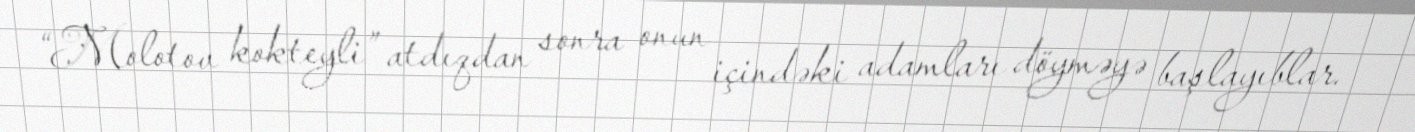
“Molotov kokteyli” atdıqdan sonra onun içindəki adamları döyməyə başlayıblar.